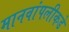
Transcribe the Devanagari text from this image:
मानवांपलीकडे